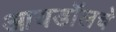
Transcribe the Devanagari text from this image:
आयडॉलचे